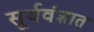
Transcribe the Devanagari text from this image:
सूर्यवंशात